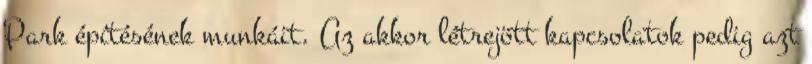
Park építésének munkáit. Az akkor létrejött kapcsolatok pedig azt